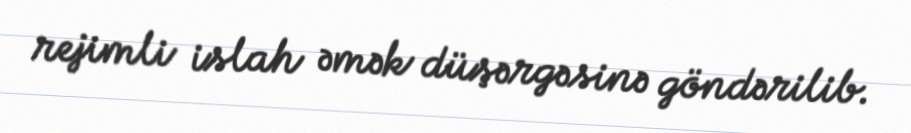
rejimli islah əmək düşərgəsinə göndərilib.